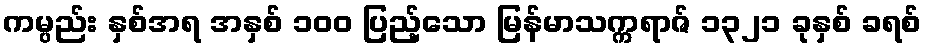
ကမ္ပည်း နှစ်အရ အနှစ် ၁၀၀ ပြည့်သော မြန်မာသက္ကရာဇ် ၁၃၂၁ ခုနှစ် ခရစ်